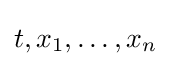
t,x_{1},\dots ,x_{n}